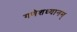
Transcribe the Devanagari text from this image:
गणेशध्यानम्